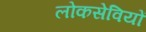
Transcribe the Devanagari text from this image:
लोकसेवियों